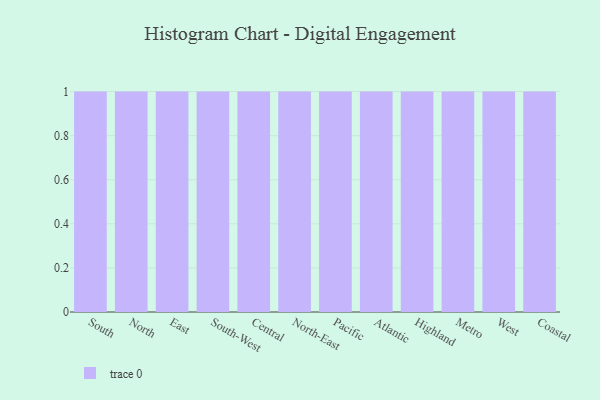
{"axis": {"x": "Region", "y": "Operating Costs (USD K)"}, "legend": [""], "data": [{"x": "South", "y": 83, "type": ""}, {"x": "North", "y": 33, "type": ""}, {"x": "East", "y": 49, "type": ""}, {"x": "South-West", "y": 62, "type": ""}, {"x": "Central", "y": 25, "type": ""}, {"x": "North-East", "y": 20, "type": ""}, {"x": "Pacific", "y": 19, "type": ""}, {"x": "Atlantic", "y": 24, "type": ""}, {"x": "Highland", "y": 41, "type": ""}, {"x": "Metro", "y": 65, "type": ""}, {"x": "West", "y": 64, "type": ""}, {"x": "Coastal", "y": 48, "type": ""}]}